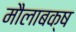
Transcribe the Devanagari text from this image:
मौलाबक्ष